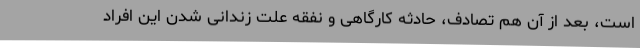
است، بعد از آن هم تصادف، حادثه کارگاهی و نفقه علت زندانی شدن این افراد